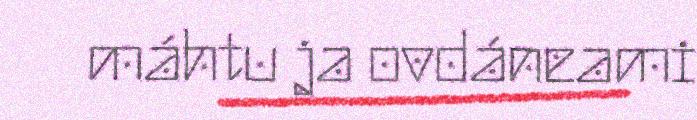
máhtu ja ovdáneami